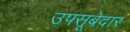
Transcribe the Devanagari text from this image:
उपसूबेदार